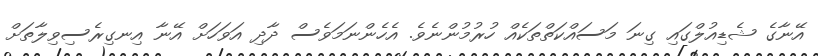
އޭނާގެ ޝެޑިއުލްގައި ގިނަ މަސައްކަތްތަކެއް ހުރުމުންނެވެ. އެހެންނަމަވެސް ދާދި އަވަހަށް އޭނާ އިނގިރެސިވިލާތަށް